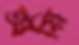
অয়ি